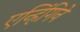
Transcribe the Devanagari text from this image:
एन्हिंगिने